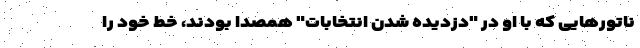
ناتورهایی که با او در "دزدیده شدن انتخابات" همصدا بودند، خط خود را